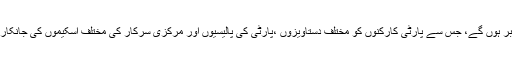
پارٹی لیڈروں اور کارکنوں کو ملنے والے الکٹرانک کارڈ میں یونک نمبر ہوں گے، جس سے پارٹی کارکنوں کو مختلف دستاویزوں ،پارٹی کی پالیسیوں اور مرکزی سرکار کی مختلف اسکیموں کی جانکاریاں ملیں گی اور آن لائن لائبریری کے استعمال میں انہیں سہولت ہوگی۔